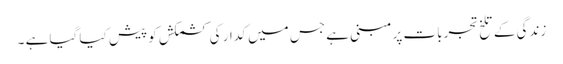
زندگی کے تلخ تجربات پر مبنی ہے جس میں کدار کی کشمکش کو پیش کیا گیا ہے ۔